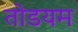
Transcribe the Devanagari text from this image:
तोडयम